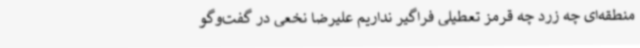
منطقه‌ای چه زرد چه قرمز تعطیلی فراگیر نداریم علیرضا نخعی در گفت‌وگو